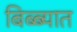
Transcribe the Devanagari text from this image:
बिब्ब्यात